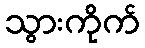
သွားကိုက်